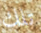
تلك